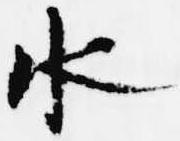
水